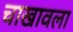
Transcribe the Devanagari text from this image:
चाखावला